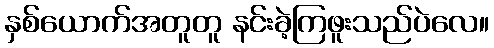
နှစ်ယောက်အတူတူ နင်းခဲ့ကြဖူးသည်ပဲလေ။